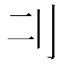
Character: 𠚧